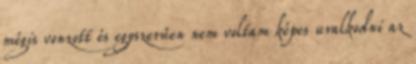
mégis vonzott és egyszerűen nem voltam képes uralkodni az